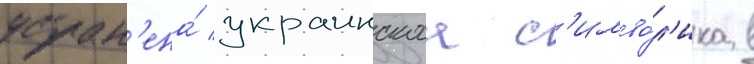
устран'ена́ украинскаа с'имво́л'ика в